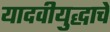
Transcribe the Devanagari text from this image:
यादवीयुद्धाचे